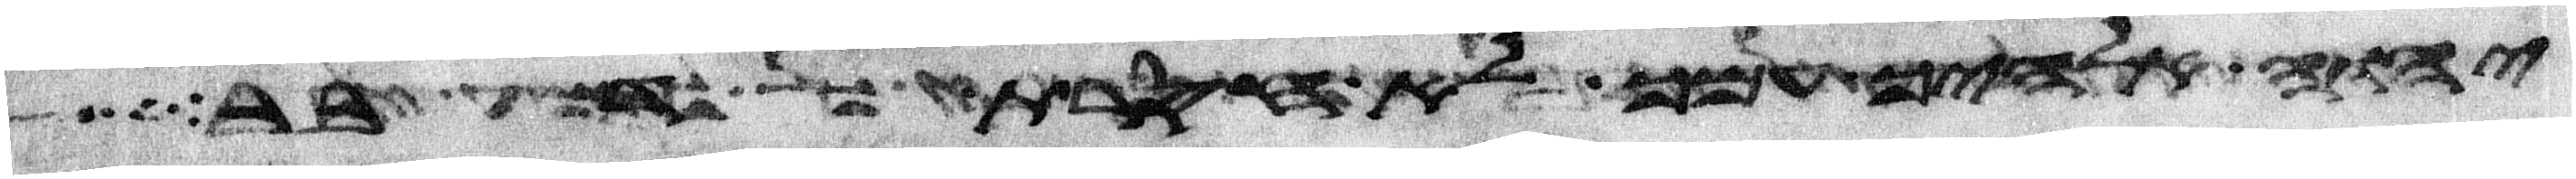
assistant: יהוה אלהיך עמך לא חסרת דבר